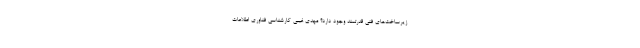
زیرساخت‌های فنی قدرتمند وجود دارد؟ مهدی غیبی کارشناسی فناوری اطلاعات